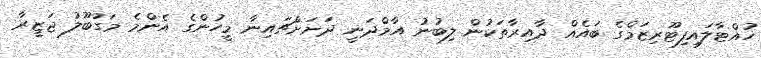
ހުއްޓާލައިފިޓޫރިޒަމްގެ ބައެއް ދާއިރާތަކުން ލިބުނު އާމްދަނީ ދަށަށްޗައިނާ މީހުންގެ އެންމެ މަގުބޫލު ޖަޒީރާ